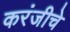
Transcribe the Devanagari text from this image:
करंजीचे